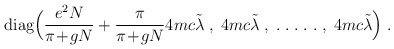
\begin{align*}\mbox{diag} \Big( \frac{e^2 N}{\pi\!+\!gN}+ \frac{\pi}{\pi\!+\!gN} 4 mc \tilde{\lambda} \; , \; 4 mc \tilde{\lambda} \;, \; . \; . \; . \; .\; . \; , \;4 mc \tilde{\lambda} \Big) \; .\end{align*}